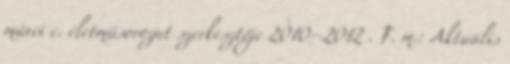
művei c. életműsorozat szerkesztője 2010–2012 . F. m.: Aktuális